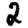
Digit: 2